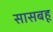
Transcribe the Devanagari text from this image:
सासबहू